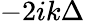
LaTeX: -2ik\Delta